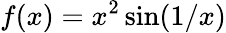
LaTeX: f(x)=x^{2}\sin(1/x)